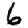
Digit: 6